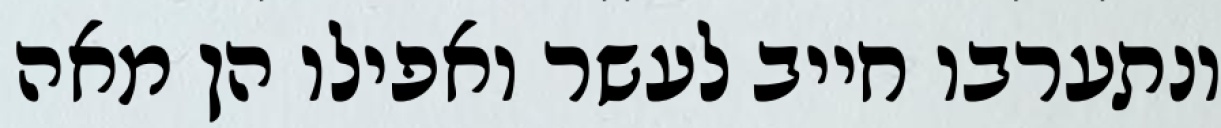
ונתערבו חייב לעשר ואפילו הן מאה